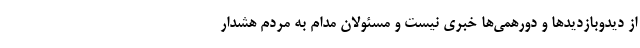
از دیدوبازدیدها و دورهمی‌ها خبری نیست و مسئولان مدام به مردم هشدار